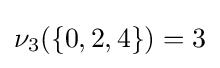
\nu _{3}(\{0,2,4\})=3